Medical and sanitary report of the native army of Madras for the year
Year: 1875
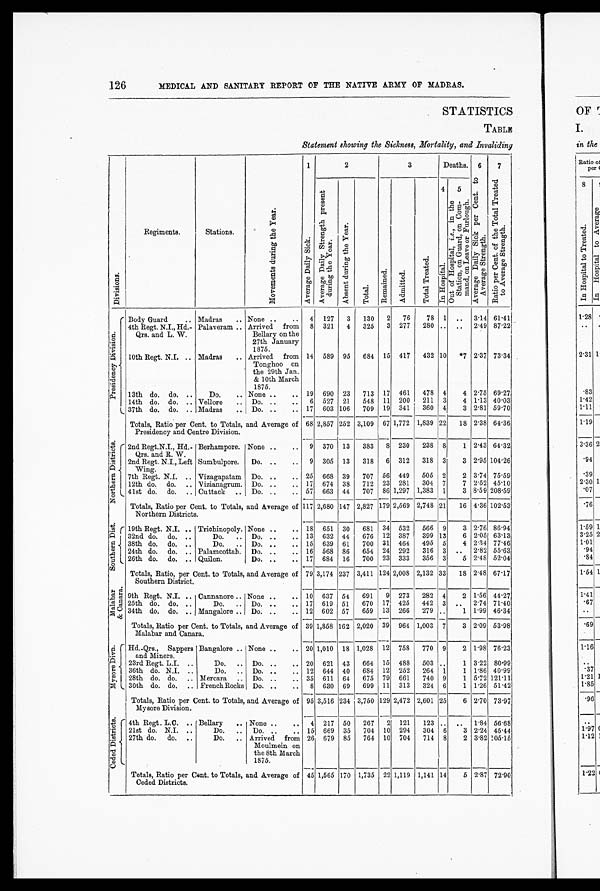
126
MEDICAL AND SANITARY REPORT OP THE NATIVE ARMY OF MADRAS.
STATISTICS
TABLE
Statement showing the Sickness, Mortality, and Invaliding
Di vi si ons.
Regiments.
Stations.
M o v e m e n t s d u r i n g t h e y e a r .
1 A v e r a g e D a i l y S i c k .
2
3
Deaths. 6
7
A v e r a g e D a i l y S t r e n g t h P r e s e n t d u r i n g t h e y e a r .
A b s e n t d u r i n g t h e y e a r
T o t a l s .
R e ma i n e d . Ad mi t t e d .
T o t a l T r e a t e d .
4
I n Ho s p i t a l .
5
O u t o f H o s p i t a l , i , e . , i n t h e S t a t i o n , o n C o m m a n d , o n L e a v e o r F u r l o u g h . A v e r a g e D a i l y S i c k P e r C e n t . t o A v e r a g e S t r e n g t h .
R a t i o p e r c e n t . o f t h e T o t a l T r e a t e d t o A v e r a g e S t r e n g t h .
P r e s i d e n c y D i v i s i o n .
Body Guard.
..
Madras ..
Non ..
..
4 127 3 130 2 76
78 1
..
3.14 61.41
4th Regt. N.I.,Hd..-
Qrs. and L. W.
Palaveram ..
Arrived from
Bellary on the
27th January
1875.
8 321 4 325 3 277 280
.. ..
2.49 87.22
10th Regt. N.I.
..
Madras
..
Arrived from
Tonghoo on
the 29th Jan.
& 10th March
1875.
14 589 95 684 15 417 432 10 *7 2.37 73.34
13th do. do.
..
Do. ..
None ..
..
19 690 23 713 17 461 478 4
4 2.75 69.27
14th do. do.
..
Vellore
..
Do. ..
..
6
5 2 7 21 548 11 200 211 3
4 1.13 40.03
37th do. do. .. Madras
..
Do.
.. ..
17 603 106 709 19 341 360 4
3 2.81 59.70
Totals, Ratio per Cent. to Totals, and Average of
Presidency and Centre Division.
68 2,857 252 3,109 67 1,772 1,839 22 18 2.38 64.36
N o r t h e r n D i s t r i c t s . 2nd Regt. N.I.,
Hd.- Qrs. and R. W.
Berhampore. None ..
.. 9 370 13 383 8 230 238 8
1 2.43 64.32
2nd Regt.. N.I., Left
Wing.
Sumbulpore. Do. ..
.. 9 305 13 318 6 312 318 3
3 2.95 104.26
7th Regt. N.I. .. Vizagapatam Do. ..
. 25 668 39 707 56 449 505 2
2 3.74 75.59
12th do. do. ..
V i z i a n a g r u m . Do. ..
.. 17 674 38 712 23 281 304 7
7 2.52 45.10
41st do. do. .. Cuttack .. Do. ..
.. 57 663 44 707 86 1,297 1,383 1
3 8.59 208.59
Totals, Ratio per Cent. to Totals, and Average of
Northern Districts.
117 2,680 147 2,827 179 2,569 2,748 21 16 4.36 102.53
Sout hern Di st . 19th Regt. N.I. .. Trichinopoly. None ..
.. 18 651 30 681 34 532 566 9
3 2.76 86.94
32nd do. do. ..
Do. .. Do. ..
.. 13 632 44 676 12 387 399 13
6 2.05 63.13
38th do. do. ..
Do. .. Do.
..
.. 15 639 61 700 31 464 495 5
4 2.34 77.46
24th do. do. .. Palamcottah. Do. ..
.. 16 568 86 654 24 292 316 3 .. 2.82 55.63
26th do. do. .. Quilon.
Do. ..
.. 17 684 16 700 23 333 356 3
5 2.48 52.04
Totals, Ratio, per Cent. to Totals, and Average of
Southern District.
79 3,174 237 3,411 124 2,008 2,132 33 18 2.48 67.17
Ma l a b a r & Ca n a r a .
9th Regt. N.I. .. Cannanore .. None ..
.. 10 637 54 691 9 273 282 4
2 1.56 44.27
25th do. do.
..
Do. .. Do. ..
.. 17 619 51 670 17 425 442 3
..
2.74 71.40
34th do. do. .. Mangalore .. Do. ..
.. 12 602 57 659 13 266 279 ..
1 1.99 46.34
Totals, Ratio per Cent. to Totals, and Average of
Malabar and Canara.
39 1,858 162 2,020 39 964 1,003 7
3 2.09 53.98
M y s o r e D i v n .
Hd.-Qrs., Sappers
and Miners.
Bangalore .. None ..
.. 20 1,010 18 1,028 12 758 770 9
2 1.98 76.23
23rd Regt. L.I.
..
Do.
..
Do. ..
..
20 621 43 664 15 488 503
..
1 3.22 80.99
36th do. N.I. ..
Do. .. Do. ..
.. 12 644 40 684 12 252 264 1
1 1.86 40.99
28th do. do. .. Mercara .. Do. ..
.. 35 611 64 675 79 661 740 9
1 5.72 121.11
30th do. do. .. FrenchRocks Do. ..
.. 8 630 69 699 11 313 324 6
1 1.26 51.42
Totals, Ratio per Cent. to Totals, and Average of
Mysore Division.
95 3,516 234 3,750 129 2,472 2,601 25
6 2.70 73.97
C e d e d D i s t r i c t s .
4th Regt. L.C. .. Bellary .. None ..
.. 4 217 50 267 2 121 123 ..
..
1.84 56.68
21st do. N.I. ..
Do.
..
Do. .. ..
1 5 669 35 704 10 294 304 6
3 2.24 45.44
27th do. do. ..
Do. ..
Arrived from
Moulmein on
the 8th March
1875.
26 679 85 764 10 704 714 8
2 3.82 105.15
Totals, Ratio per Cent. to Totals, and Average of
Ceded Districts.
45 1,565 170 1,735 22 1,119 1,141 14
5 2.87 72.90